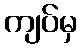
ကျပ်မှ